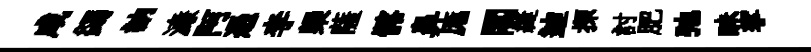
咸蠲訥濓阿憑李槩薩髂鼻厖閣縫迪探討肥弛昧挐